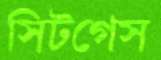
সিটগেস